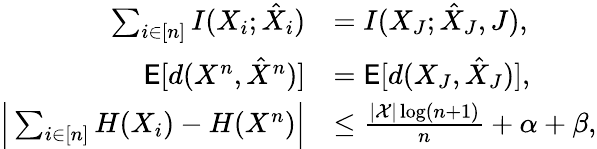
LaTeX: \begin{array}{rl}{\sum_{i\in[n]}I(X_{i};\hat{X}_{i})}&{=I(X_{J};\hat{X}_{J},J),}\\ {\mathsf{E}[d(X^{n},\hat{X}^{n})]}&{=\mathsf{E}[d(X_{J},\hat{X}_{J})],}\\ {\Big|\sum_{i\in[n]}H(X_{i})-H(X^{n})\Big|}&{\leq\frac{|\mathcal{X}|\log(n+1)}{n}+\alpha+\beta,}\end{array}